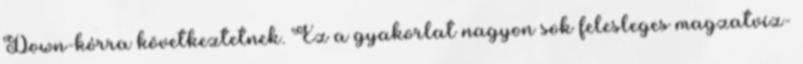
Down-kórra következtetnek. Ez a gyakorlat nagyon sok felesleges magzatvíz-